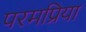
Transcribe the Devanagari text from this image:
परमप्रिया